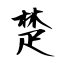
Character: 楚